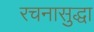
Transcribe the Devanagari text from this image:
रचनासुद्धा